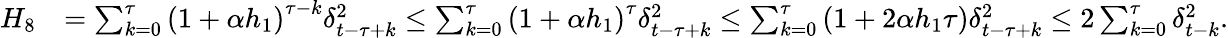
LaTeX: \begin{array}{rl}{H_{8}}&{=\sum_{k=0}^{\tau}\left(1+\alpha h_{1}\right)^{\tau-k}\delta_{t-\tau+k}^{2}\leq\sum_{k=0}^{\tau}\left(1+\alpha h_{1}\right)^{\tau}\delta_{t-\tau+k}^{2}\leq\sum_{k=0}^{\tau}\left(1+2\alpha h_{1}\tau\right)\delta_{t-\tau+k}^{2}\leq 2\sum_{k=0}^{\tau}\delta_{t-k}^{2}.}\end{array}